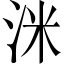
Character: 洣